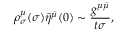
\rho _ { \sigma } ^ { \mu } ( \sigma ) \bar { \eta } ^ { \bar { \mu } } ( 0 ) \sim \frac { g ^ { \mu \bar { \mu } } } { t \sigma } , \qquad